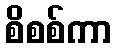
စိစစ်ကာ